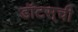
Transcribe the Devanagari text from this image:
डॉटस्‌ची